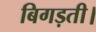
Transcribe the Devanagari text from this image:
बिगड़ती।